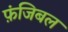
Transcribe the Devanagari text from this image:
फ़ंजिबल